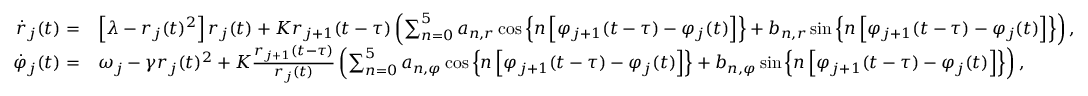
\begin{array} { r l } { \dot { r } _ { j } ( t ) = } & { \left[ \lambda - r _ { j } ( t ) ^ { 2 } \right] r _ { j } ( t ) + K r _ { j + 1 } ( t - \tau ) \left( \sum _ { n = 0 } ^ { 5 } a _ { n , r } \cos \left\{ n \left[ \varphi _ { j + 1 } ( t - \tau ) - \varphi _ { j } ( t ) \right] \right\} + b _ { n , r } \sin \left\{ n \left[ \varphi _ { j + 1 } ( t - \tau ) - \varphi _ { j } ( t ) \right] \right\} \right) , } \\ { \dot { \varphi } _ { j } ( t ) = } & { \omega _ { j } - \gamma r _ { j } ( t ) ^ { 2 } + K \frac { r _ { j + 1 } ( t - \tau ) } { r _ { j } ( t ) } \left( \sum _ { n = 0 } ^ { 5 } a _ { n , \varphi } \cos \left\{ n \left[ \varphi _ { j + 1 } ( t - \tau ) - \varphi _ { j } ( t ) \right] \right\} + b _ { n , \varphi } \sin \left\{ n \left[ \varphi _ { j + 1 } ( t - \tau ) - \varphi _ { j } ( t ) \right] \right\} \right) , } \end{array}